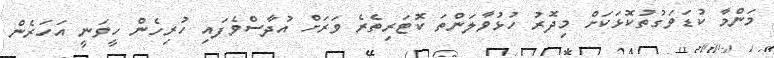
މަންމާ ކުޑަވަގުތުކޮޅަކަށް މިދޮރު ހުޅުވާލަންތަ ކޮޓަރިތެރެ ވަރަށް އުދާސްވެފައި ހުރިހެން ހީވަނީ އަހަރެން